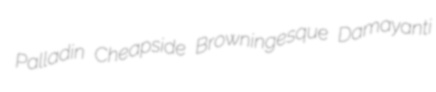
Palladin Cheapside Browningesque Damayanti